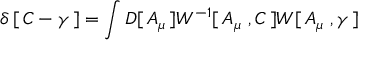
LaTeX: \delta \left[ \, C - \gamma \, \right] = \int D [ \, A _ { \mu } \, ] W ^ { - 1 } [ \, A _ { \mu } \ , C \, ] W [ \, A _ { \mu } \ , \gamma \, ]